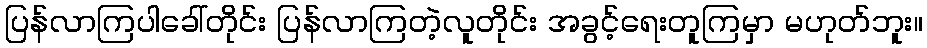
ပြန်လာကြပါခေါ်တိုင်း ပြန်လာကြတဲ့လူတိုင်း အခွင့်ရေးတူကြမှာ မဟုတ်ဘူး။